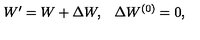
\begin{array} { l r } { W ^ { \prime } = W + \Delta W , } & { \Delta W ^ { ( 0 ) } = 0 , } \\ \end{array}